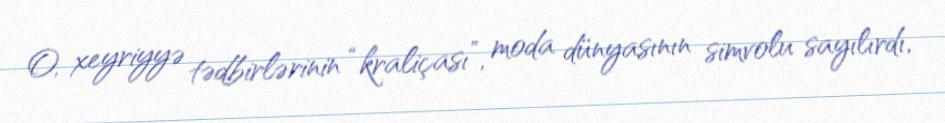
O, xeyriyyə tədbirlərinin “kraliçası”, moda dünyasının simvolu sayılırdı,